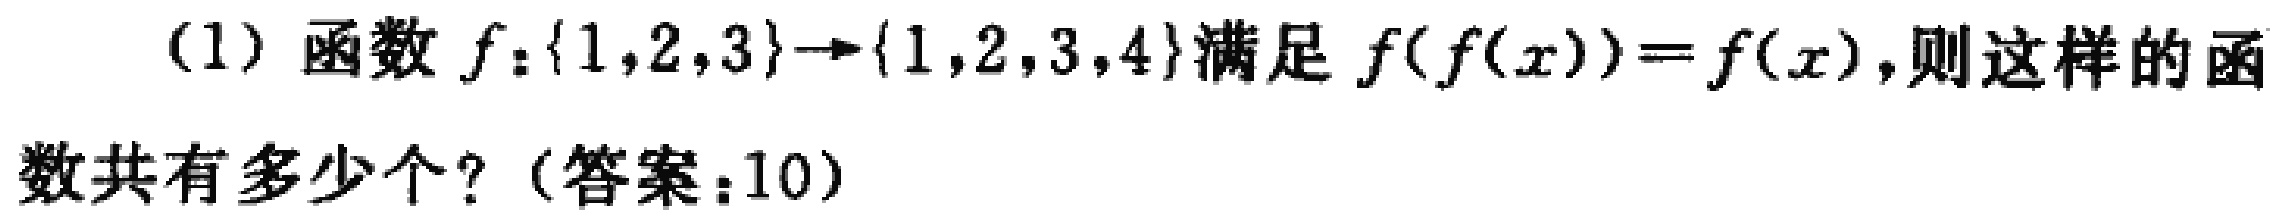
(1) 函数 \(f:\{1,2,3\}\to\{1,2,3,4\}\) 满足 \(f(f(x)) = f(x)\)，则这样的函数共有多少个？（答案：10）